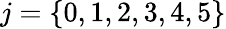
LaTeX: j=\{ 0,1,2,3,4,5\}